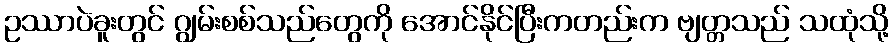
ဥဿာပဲခူးတွင် ဂျွမ်းစစ်သည်တွေကို အောင်နိုင်ပြီးကတည်းက ဗျတ္တသည် သထုံသို့